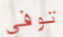
توفي